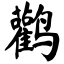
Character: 鹳